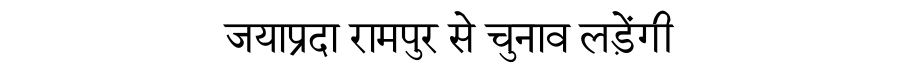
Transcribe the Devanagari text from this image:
जयाप्रदा रामपुर से चुनाव लड़ेंगी